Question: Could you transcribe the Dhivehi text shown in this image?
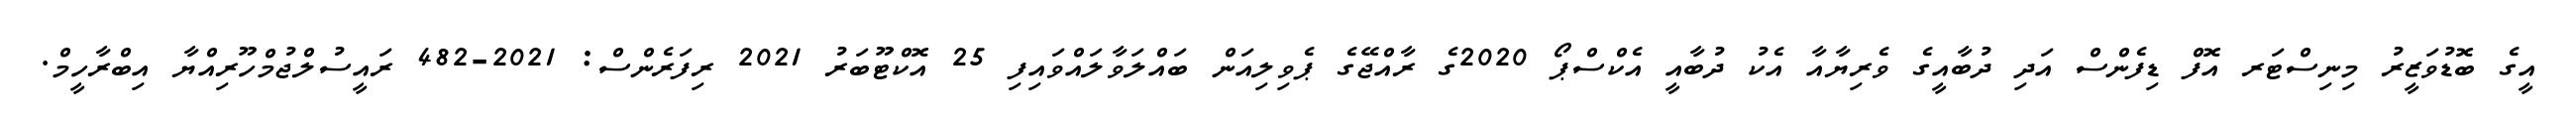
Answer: އީގެ ބޮޑުވަޒީރު މިނިސްޓަރ އޮފް ޑިފެންސް އަދި ދުބާއީގެ ވެރިޔާއާ އެކު ދުބާއީ އެކްސްޕޯ 2020ގެ ރާއްޖޭގެ ޕެވިލިއަން ބައްލަވާލައްވައިފި 25 އޮކްޓޫބަރު 2021 ރިފަރެންސް: 2021-482 ރައީސުލްޖުމްހޫރިއްޔާ އިބްރާހީމް.